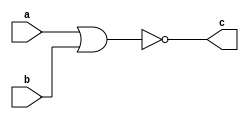
module NOR_gate(
    input a,
    input b,
    output c
);
    
assign c = !(a | b);

endmodule